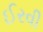
ઈરવી